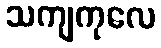
သကျကုလေ